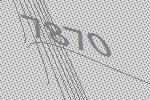
7870